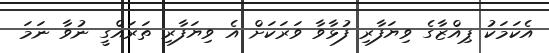
އެކަމަކު ޕިއްޒާގެ ވިޔަފާރި ފުޅާވާ ވަރަކަށް އެ ވިޔަފާރި ތަރައްގީ ނުވާ ނަމަ